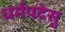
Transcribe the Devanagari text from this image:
धर्मपदेसु